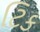
ટિક